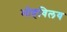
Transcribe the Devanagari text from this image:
मोहविलय